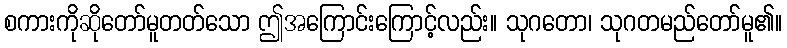
စကားကိုဆိုတော်မူတတ်သော ဤအကြောင်းကြောင့်လည်း။ သုဂတော၊ သုဂတမည်တော်မူ၏။